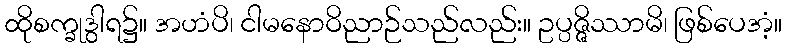
ထိုစက္ခုဒွါရ၌။ အဟံပိ၊ ငါမနောဝိညာဉ်သည်လည်း။ ဥပ္ပဇ္ဇိဿာမိ၊ ဖြစ်ပေအံ့။